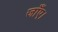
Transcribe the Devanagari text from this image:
जाँए।